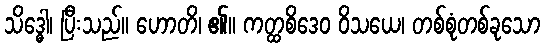
သိဒ္ဓေါ၊ ပြီးသည်။ ဟောတိ၊ ၏။ ကတ္ထစိဒေဝ ဝိသယေ၊ တစ်စုံတစ်ခုသော